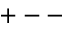
+ --